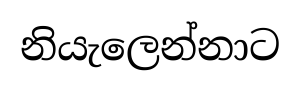
නියැලෙන්නාට